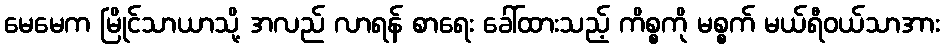
မေမေက မြိုင်သာယာသို့ အလည် လာရန် စာရေး ခေါ်ထားသည့် ကိစ္စကို မစ္စက် မယ်ရီဝယ်သာအား